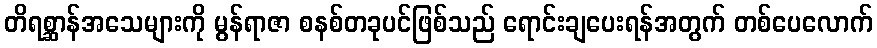
တိရစ္ဆာန်အသေများကို မွန်ရာဇာ စနစ်တခုပင်ဖြစ်သည် ရောင်းချပေးရန်အတွက် တစ်ပေလောက်